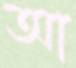
আ